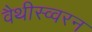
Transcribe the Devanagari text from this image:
वैथीस्व्वरन